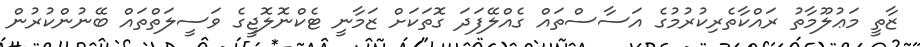
ޒާތީ މަޢުލޫމާތު ރައްކާތެރިކުރުމުގެ އަސާސްތައް ގެއްލޭފަދަ ގޮތަކަށް ޒަމާނީ ޓެކްނޮލޮޖީގެ ވަސީލަތްތައް ބޭނުންކުރުން